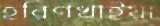
হরিণখাইয়া